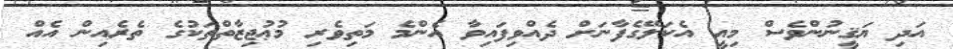
އަދި ޔަޤީނުންވެސް މިއީ އެކަލޭގެފާނަށް ދެއްވިފައިވާ އެންމެ މަތިވެރި މުޢުޖިޒާތްތަކުގެ ތެރެއިން އެއް